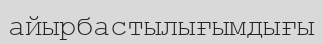
айырбастылығымдығы